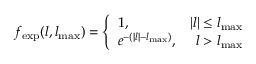
f _ { \mathrm { e x p } } ( l , l _ { \mathrm { m a x } } ) = \left\{ \begin{array} { l r } { 1 , } & { | l | \leq l _ { \mathrm { m a x } } } \\ { e ^ { - ( | l | - l _ { \mathrm { m a x } } ) } , } & { l > l _ { \mathrm { m a x } } } \end{array} \right.